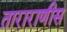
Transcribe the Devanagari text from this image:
ताराराणीस